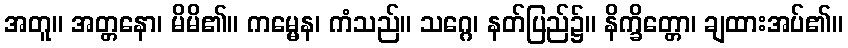
အတူ။ အတ္တနော၊ မိမိ၏။ ကမ္မေန၊ ကံသည်။ သဂ္ဂေ၊ နတ်ပြည်၌။ နိက္ခိတ္တော၊ ချထားအပ်၏။